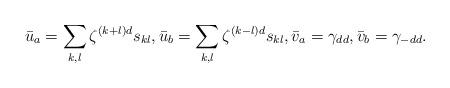
LaTeX: \begin{align*}\bar{u}_a=\sum_{k,l} \zeta^{(k+l)d} s_{kl}, \bar{u}_b=\sum_{k,l} \zeta^{(k-l)d}s_{kl},\bar{v}_a=\gamma_{dd},\bar{v}_b=\gamma_{-dd}.\end{align*}